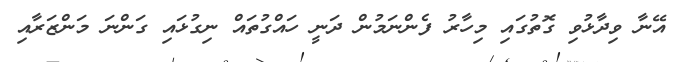
އޭނާ ވިދާޅުވި ގޮތުގައި މިހާރު ފެންނަމުން ދަނީ ހައްގުތައް ނިގުޅައި ގަންނަ މަންޒަރާއި